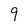
Character: 9